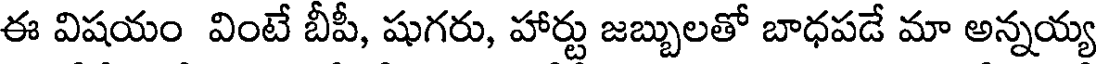
ఈ విషయం వింటే బీపీ, షుగరు, హార్టు జబ్బులతో బాధపడే మా అన్నయ్య